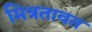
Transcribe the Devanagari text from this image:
मित्रतावत